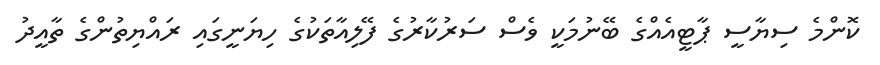
ކޮންމެ ސިޔާސީ ޕާޓީއެއްގެ ބޭނުމަކީ ވެސް ސަރުކާރުގެ ފޭލިއާތަކުގެ ހިޔަނީގައި ރައްޔިތުންގެ ތާއީދު